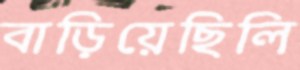
বাড়িয়েছিলি